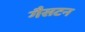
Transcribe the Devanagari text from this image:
गैसटन